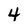
Character: 4